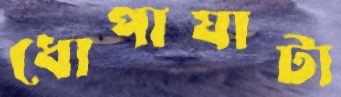
ধোপাঘাটা